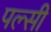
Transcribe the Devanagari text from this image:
पल्सी